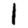
Digit: 1